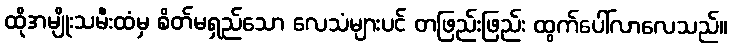
ထိုအမျိုးသမီးထံမှ စိတ်မရှည်သော လေသံများပင် တဖြည်းဖြည်း ထွက်ပေါ်လာလေသည်။